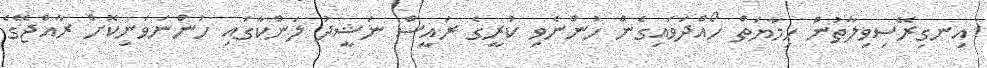
އިނގިރޭސިިވިލާތުން ހިމާޔަތް ހޯއްދަވައިގެން ހުންނެވި ކުރީގެ ރައީސް ނަޝީދު ލަންކާގައި ހުންނަވަނިކޮށް ރާއްޖޭގެ